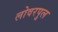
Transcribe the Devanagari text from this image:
लोवरपुल